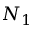
N _ { 1 }